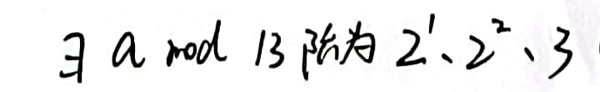
\exists a\bmod 13 阶为$ 2^{1}$、$2^{2}$、3